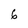
Character: 6